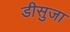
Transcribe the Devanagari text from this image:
डीसुजा